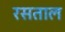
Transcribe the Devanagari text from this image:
रसताल